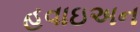
હવાઇઅન